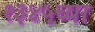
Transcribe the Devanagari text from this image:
१३४५च्या